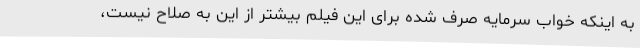
به اینکه خواب سرمایه صرف شده برای این فیلم بیشتر از این به صلاح نیست،